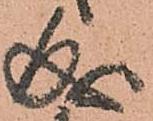
成